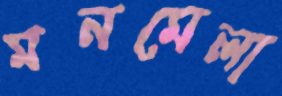
মনমেলা